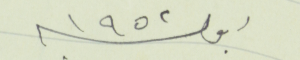
اول سنة ١٩٥٢